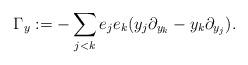
LaTeX: \begin{align*}\Gamma_{y}:=-\sum_{j<k}e_{j}e_{k}(y_{j}\partial_{y_{k}}-y_{k}\partial_{y_{j}}).\end{align*}